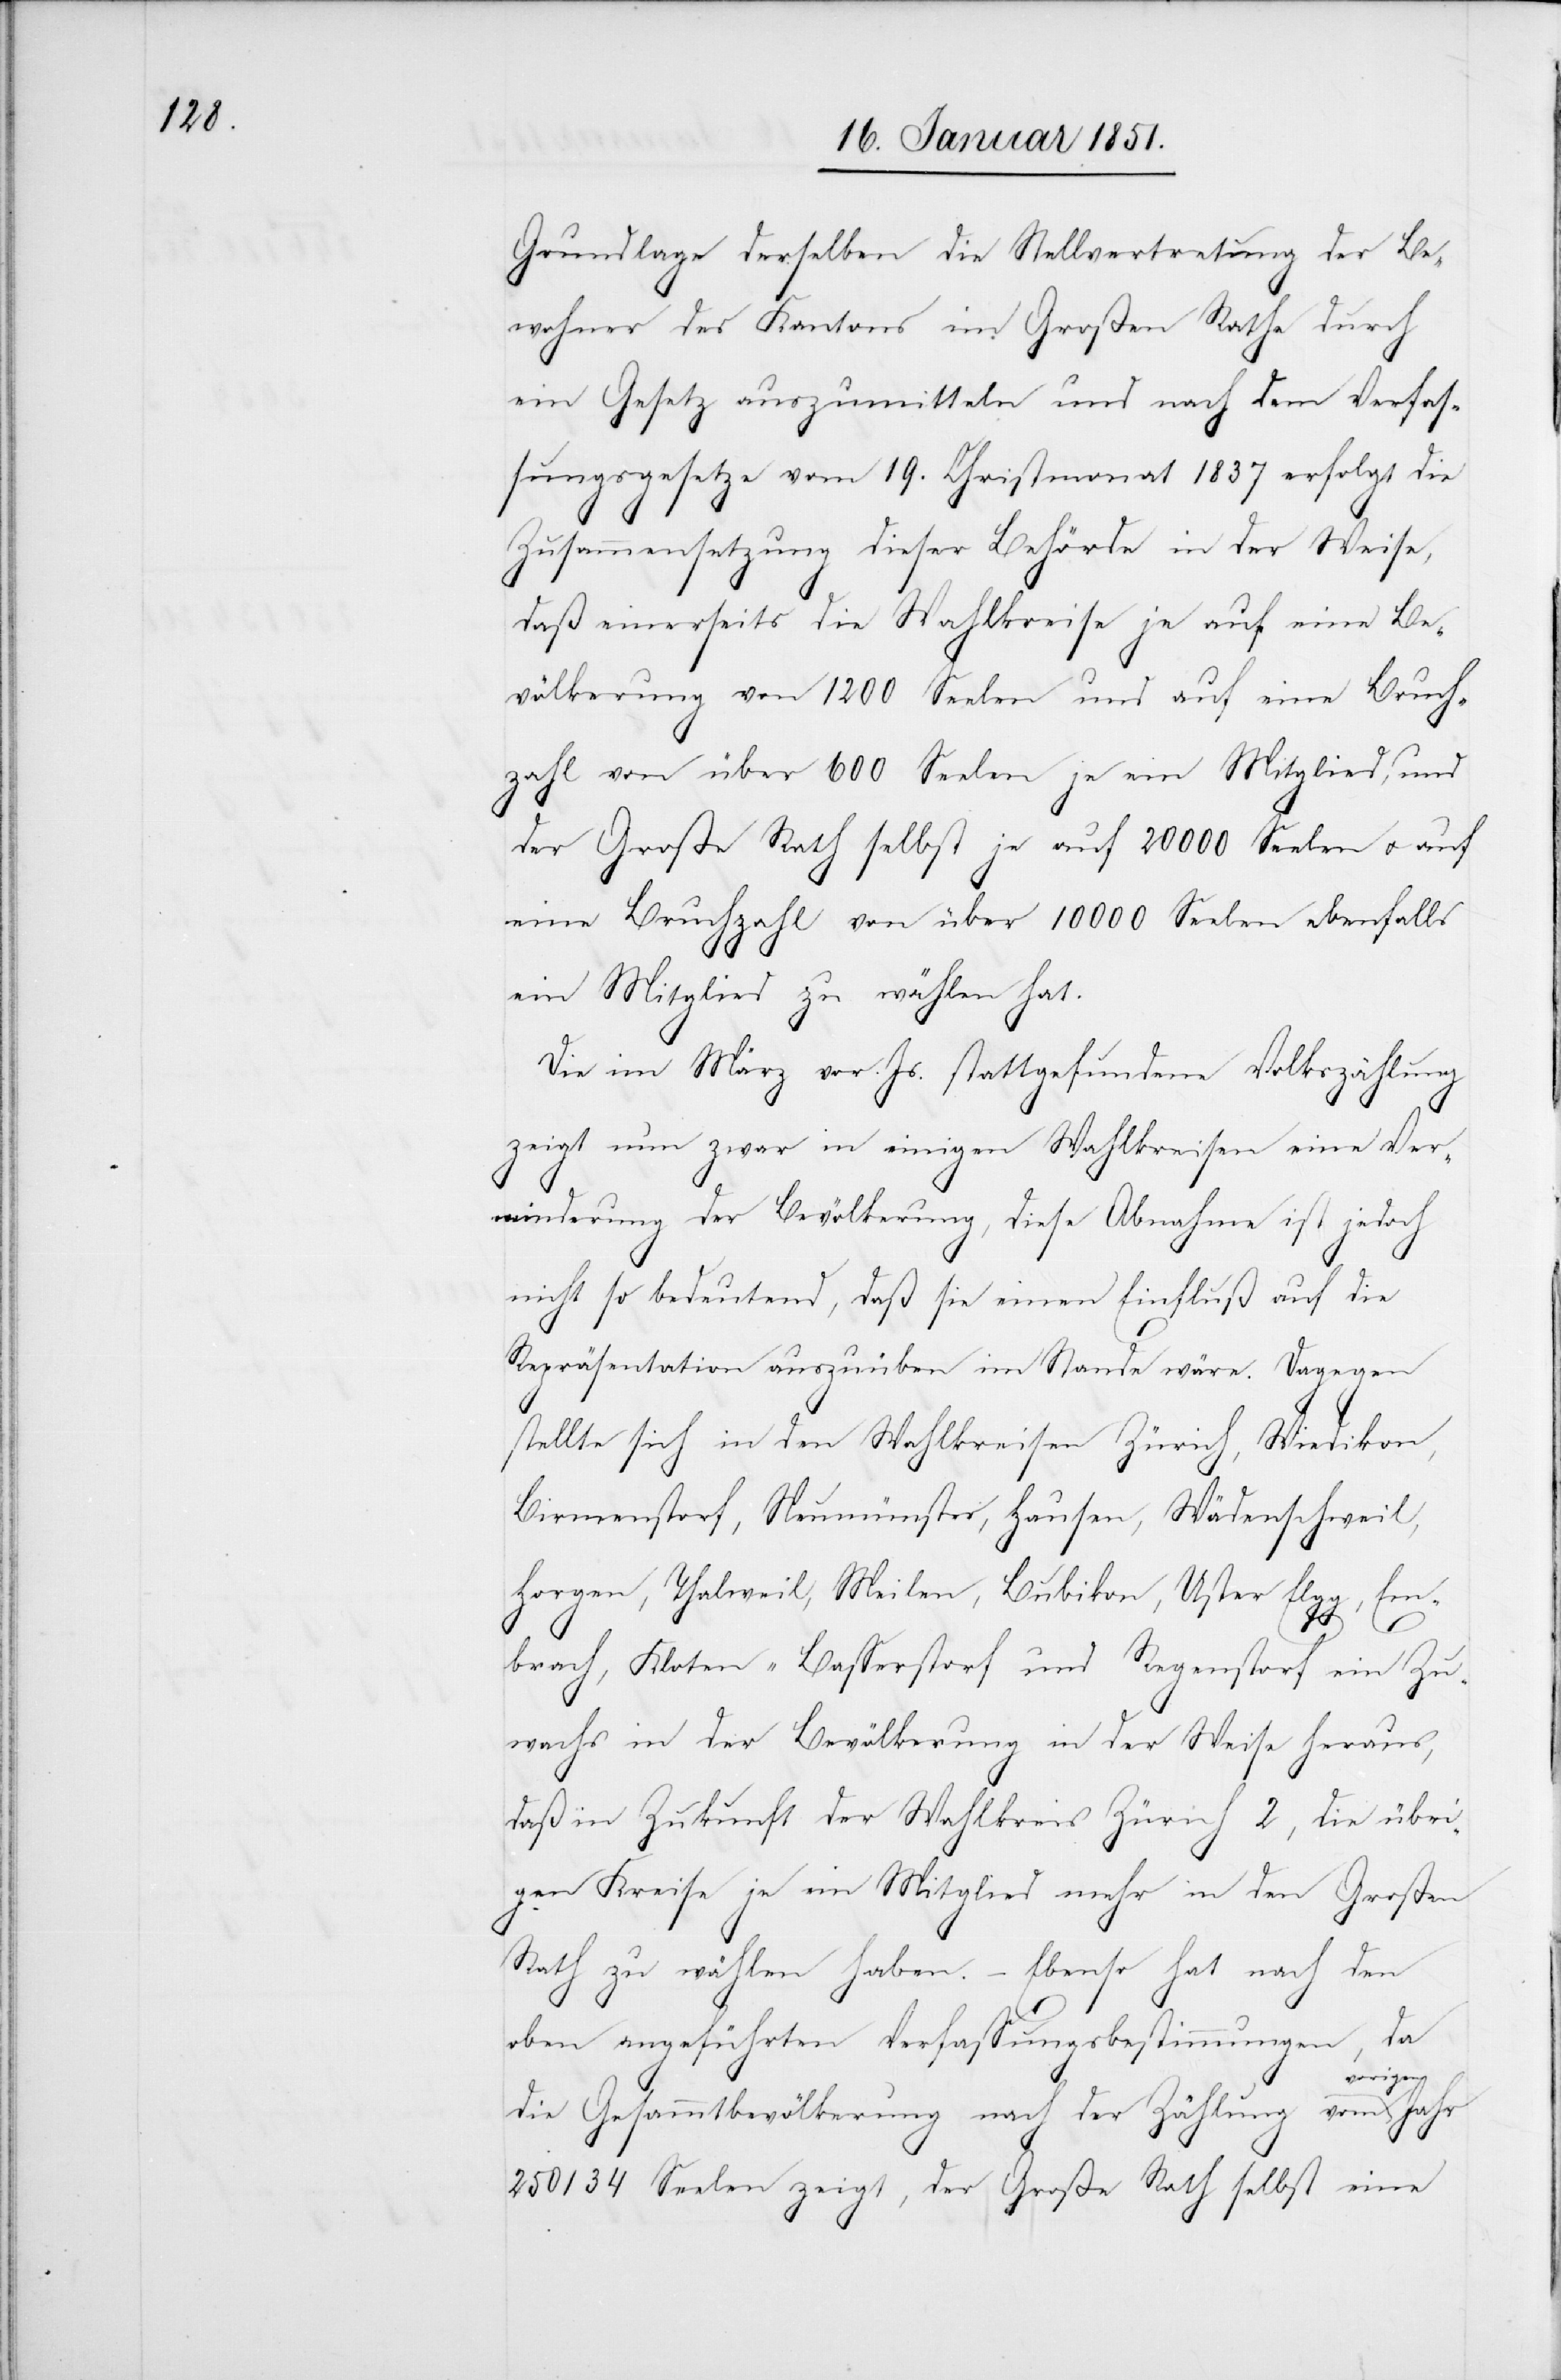
Grundlage derselben die Stellvertretung der Be¬
wohner des Kantons im Großen Rathe durch
ein Gesetz auszumitteln und nach dem Verfas¬
sungsgesetze vom 19. Christmonat 1837 erfolgt die
Zusammensetzung dieser Behörde in der Weise,
daß einerseits die Wahlkreise je auf eine Be¬
völkerung von 1200 Seelen und auf eine Bruch¬
zahl von über 600 Seelen je ein Mitglied, und
der Große Rath selbst je auf 20000 Seelen u. auf
eine Bruchzahl von über 10000 Seelen ebenfalls
ein Mitglied zu wählen hat.
Die im März vor. Js. stattgefundene Volkszählung
zeigt nun zwar in einigen Wahlkreisen eine Ver¬
minderung der Bevölkerung, diese Abnahme ist jedoch
nicht so bedeutend, daß sie einen Einfluß auf die
Repräsentation auszuüben im Stande wäre. Dagegen
stellte sich in den Wahlkreisen Zürich, Wiedikon,
Birmenstorf, Neumünster, Hausen, Wädenschweil,
Horgen, Thalweil, Meilen, Bubikon, Uster[,] Elgg, Em¬
brach, Kloten-Basserstorf und Regenstorf ein Zu¬
wachs in der Bevölkerung in der Weise heraus,
daß in Zukunft der Wahlkreis Zürich 2, die übri¬
gen Kreise je ein Mitglied mehr in den Großen
Rath zu wählen haben. – Ebenso hat nach den
oben angeführten Verfassungsbestimmungen, da
vorigen
die Gesammtbevölkerung nach der Zählung vom
250134 Seelen zeigt, der Große Rath selbst eine